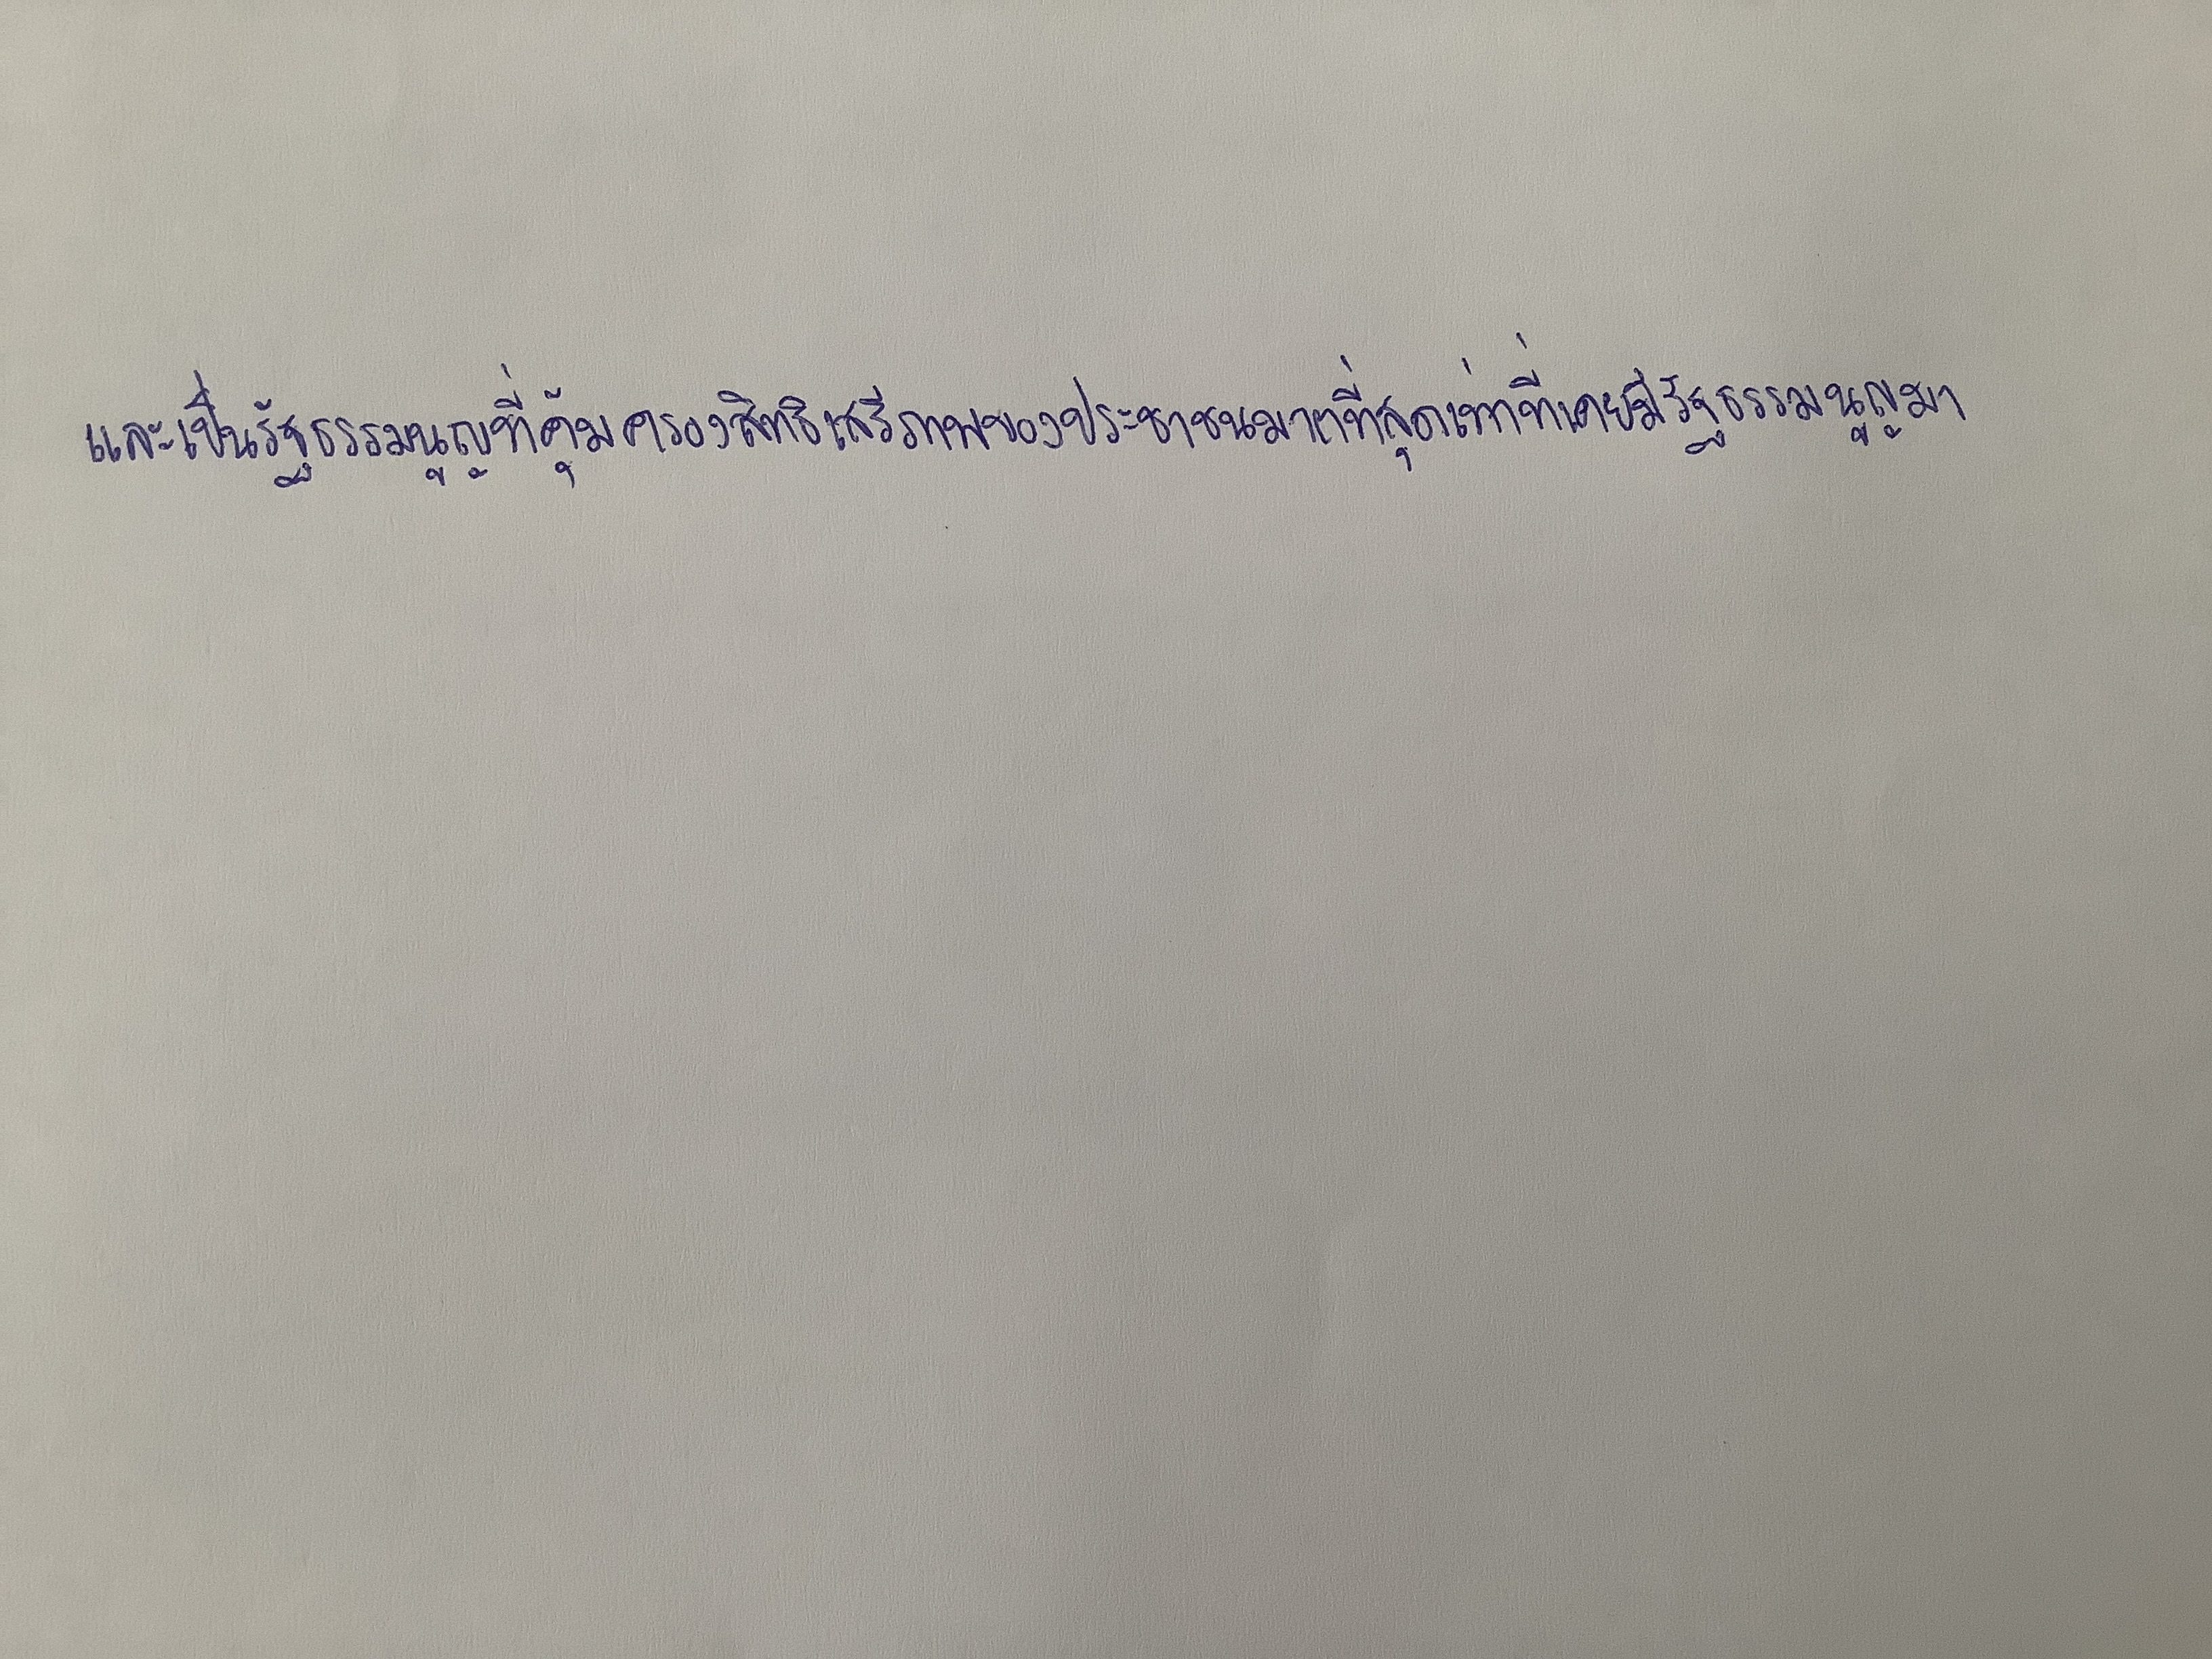
และเป็นรัฐธรรมนูญที่คุ้มครองสิทธิเสรีภาพของประชาชนมากที่สุดเท่าที่เคยมีรัฐธรรมนูญมา